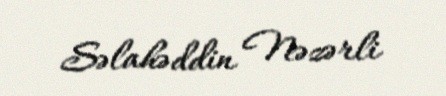
Səlahəddin Nəzərli